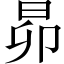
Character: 昴